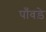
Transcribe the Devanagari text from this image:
पाँवड़े